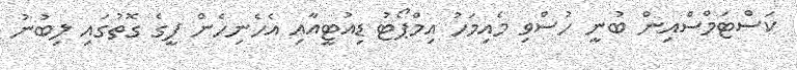
ކަސްޓަމްސްއިން ބުނީ ހުސްވި މެއިމަހު އިމްޕޯޓު ޑިއުޓީއާއި އެހެނިހެން ފީގެ ގޮތުގައި ލިބުނު